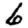
Digit: 6